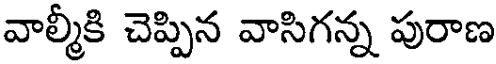
వాల్మీకి చెప్పిన వాసిగన్న పురాణ